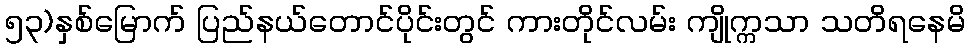
၅၃)နှစ်မြောက် ပြည်နယ်တောင်ပိုင်းတွင် ကားတိုင်လမ်း ကျိုက္ကသာ သတိရနေမိ